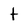
Character: t